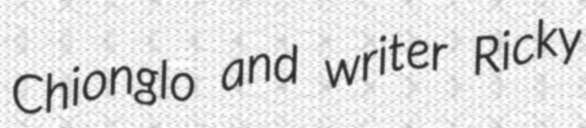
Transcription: Chionglo and writer Ricky